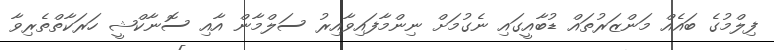
ފިލްމުގެ ބައެއް މަންޒަރުތައް ޑުބާއީގައި ނެގުމަށް ނިންމާފައިވާއިރު ސަލްމާން އާއި ސޮނާކްޝީ ހަރަކާތްތެރިވާ